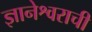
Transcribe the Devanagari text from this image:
ज्ञानेश्वराची